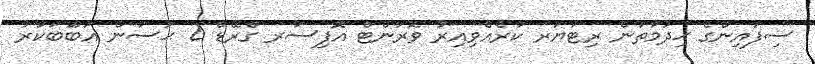
ސިފައިންގެ ޚިދުމަތުން ރިޓަޔަރ ކުރެއްވިއިރު ވޮރަންޓް އޮފިސަރ ގްރޭޑް 2 ޙަސަން އަބޫބަކުރު